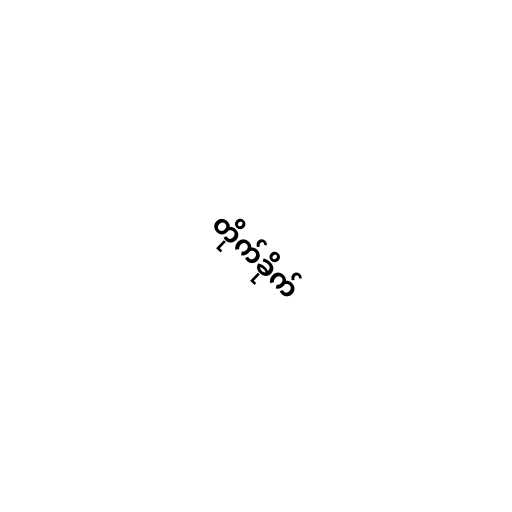
တိုက်ခိုက်